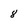
Character: 8